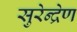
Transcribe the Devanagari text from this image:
सुरेन्द्रेण